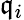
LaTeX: \mathfrak{q}_{i}